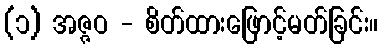
(၁) အဇ္ဇဝ - စိတ်ထားဖြောင့်မတ်ခြင်း။